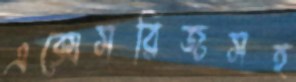
এক্সেসরিজসহ